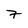
Character: 7